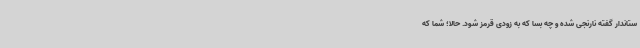
ستاندار گفته نارنجی شده و چه بسا که به زودی قرمز شود. حالا؛ شما که